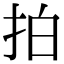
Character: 拍